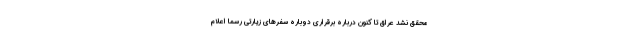
محقق نشد عراق تا کنون درباره برقراری دوباره سفرهای زیارتی رسما اعلام